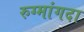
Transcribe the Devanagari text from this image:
रुग्मांगदा